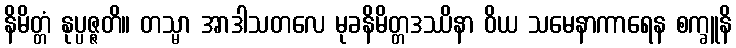
နိမိတ္တံ နုပ္ပဇ္ဇတိ။ တသ္မာ အာဒါသတလေ မုခနိမိတ္တဒဿိနာ ဝိယ သမေနာကာရေန စက္ခူနိ